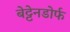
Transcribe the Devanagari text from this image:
बेट्टेनडोर्फ